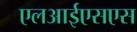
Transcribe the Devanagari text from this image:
एलआईएसएस